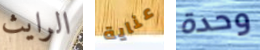
الرايث عناية وحدة